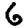
Digit: 6